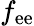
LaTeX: f_{\mathrm{ee}}